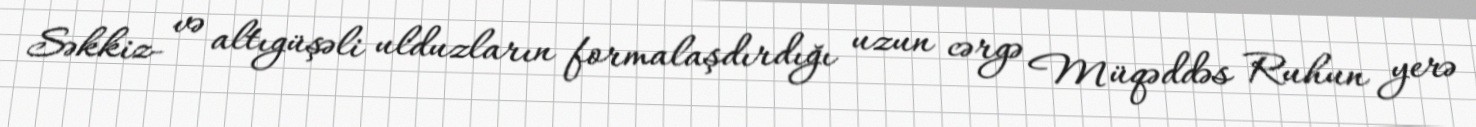
Səkkiz- və altıgüşəli ulduzların formalaşdırdığı uzun cərgə Müqəddəs Ruhun yerə